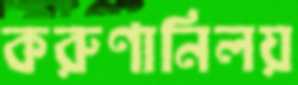
করুণানিলয়